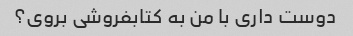
دوست داری با من به کتابفروشی بروی؟